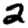
Digit: 2